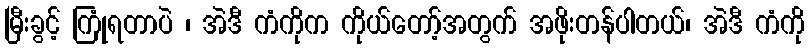
မြီးခွင့် ကြုံရတာပဲ ၊ အဲဒီ ကံကိုက ကိုယ်တော့်အတွက် အဖိုးတန်ပါတယ်၊ အဲဒီ ကံကို